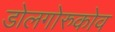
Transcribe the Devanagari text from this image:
डोलगोरुकोव